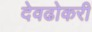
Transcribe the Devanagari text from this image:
देवढोकरी